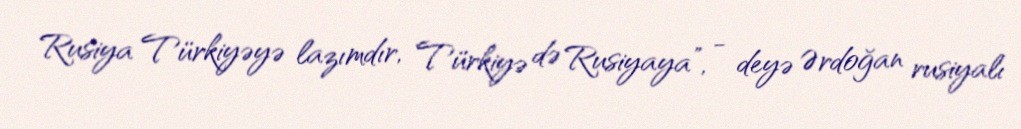
Rusiya Türkiyəyə lazımdır, Türkiyə də Rusiyaya”, - deyə Ərdoğan rusiyalı